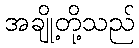
အချို့တို့သည်